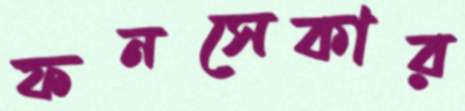
ফনসেকার